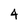
Character: 4